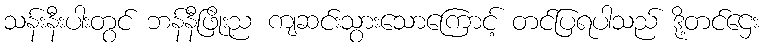
သန်းနီးပါးတွင် ဘန်နီဖြိုးည ကျဆင်းသွားသောကြောင့် တင်ပြရပါသည် ဒို့တင်ဌေး